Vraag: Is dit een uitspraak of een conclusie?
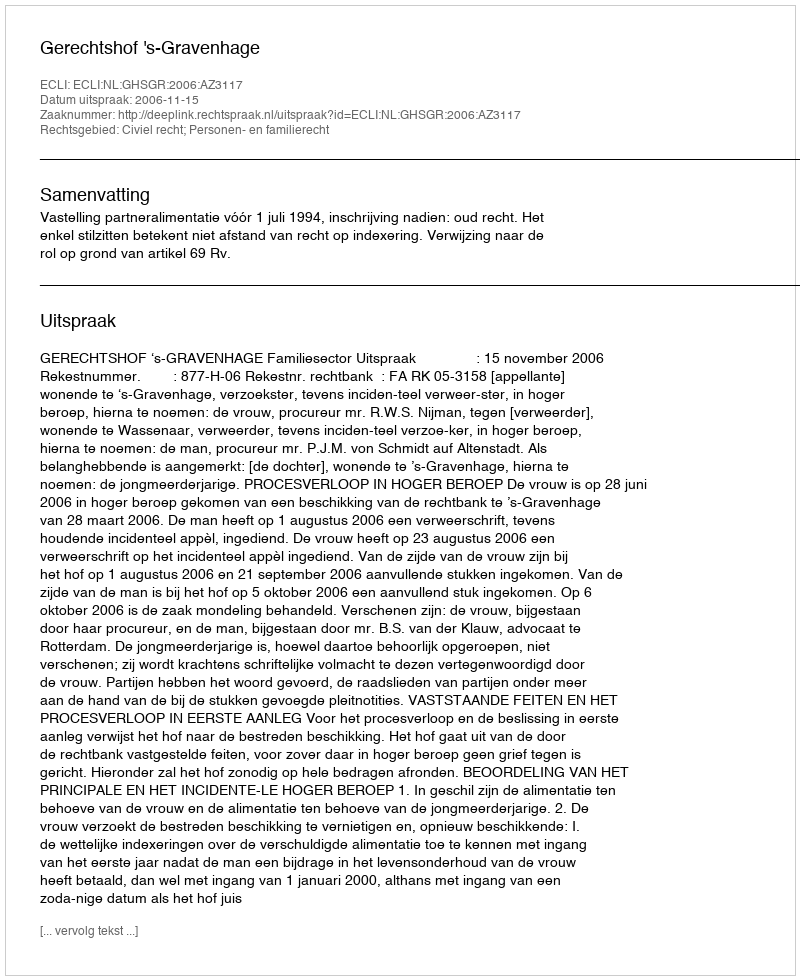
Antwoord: Uitspraak